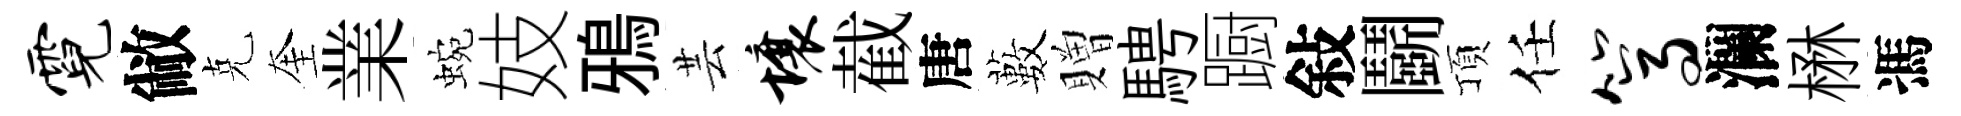
霓敝克奎業蜿妓鴉芸壤截唐藪贈騁蹰敍鬬頂任篙瀾楙馮